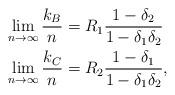
LaTeX: \begin{align*}\lim_{n\rightarrow\infty} \frac{k_B}{n} &= R_1\frac{1-\delta_2}{1-\delta_1\delta_2}\\\lim_{n\rightarrow\infty} \frac{k_C}{n} &= R_2\frac{1-\delta_1}{1-\delta_1\delta_2},\end{align*}